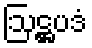
ဩဋ္ဌပဒံ